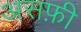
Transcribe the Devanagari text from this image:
असफ़ी